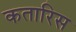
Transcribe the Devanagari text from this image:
कतारिस